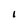
Character: 1